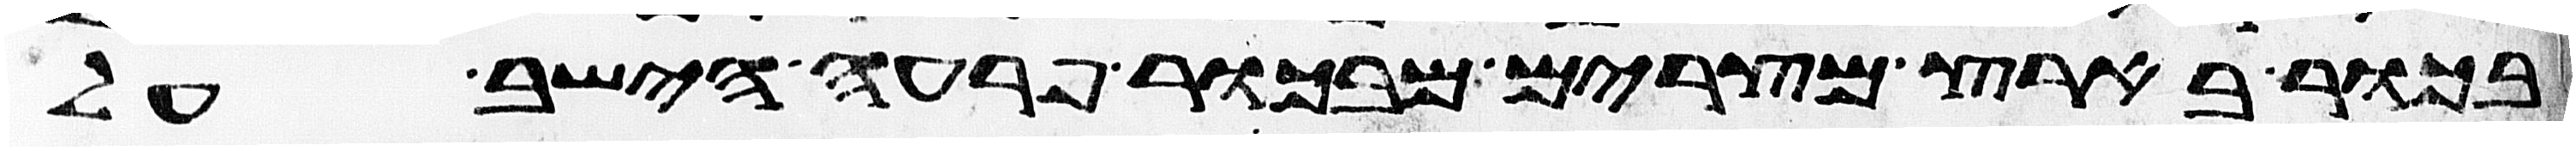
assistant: בכור בארץ מצרים מבכור פרעה הישב על